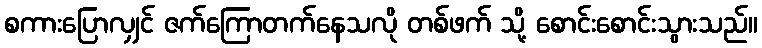
စကားပြောလျှင် ဇက်ကြောတက်နေသလို တစ်ဖက် သို့ စောင်းစောင်းသွားသည်။